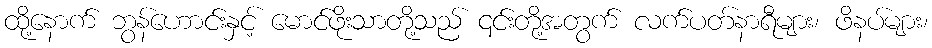
ထို့နောက် ဘွန်ဟောင်းနှင့် မောင်ဖိုးသာတို့သည် ၎င်းတို့အတွက် လက်ပတ်နာရီများ၊ ဖိနပ်များ၊